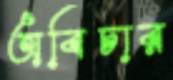
অবিচার